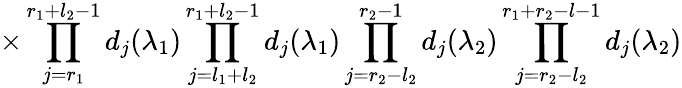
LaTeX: \times\prod_{j=r_{1}}^{r_{1}+l_{2}-1}d_{j}(\lambda_{1})\prod_{j=l_{1}+l_{2}}^{r_{1}+l_{2}-1}d_{j}(\lambda_{1})\prod_{j=r_{2}-l_{2}}^{r_{2}-1}d_{j}(\lambda_{2})\prod_{j=r_{2}-l_{2}}^{r_{1}+r_{2}-l-1}d_{j}(\lambda_{2})